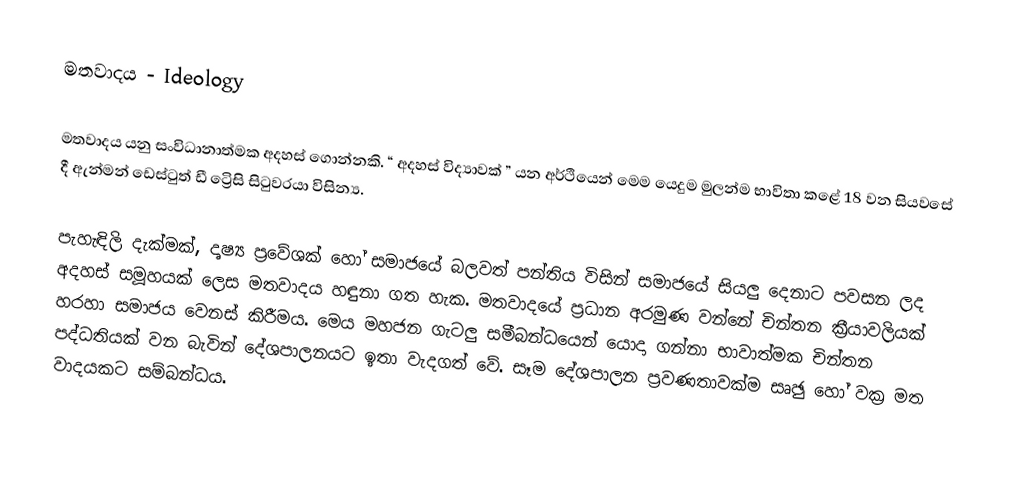
මතවාදය - Ideology

මතවාදය යනු සංවිධානාත්මක අදහස් ගොන්නකි. “ අදහස් විද්‍යාවක් ” යන අර්ථියෙන් මෙම යෙදුම මුලන්ම භාවිතා කළේ 18 වන සියවසේ දී ඇන්මන් ඩෙස්ටුත් ඩී ට්‍රෙිසි සිටුවරයා විසින්‍ය.

පැහැඳිලි දැක්මක්, දෘෂ්‍ය ප්‍රවේශක් හෝ සමාජයේ බලවත් පන්තිය විසින් සමාජයේ සියලු දෙනාට පවසන ලද අදහස් සමූහයක් ලෙස මතවාදය හඳුනා ගත හැක. මතවාදයේ ප්‍රධාන අරමුණ වන්නේ චින්තන ක්‍රීයාවලියක් හරහා සමාජය වෙනස් කිරීමය. මෙය මහජන ගැටලු සමීබන්ධයෙන් යොදා ගන්නා භාවාත්මක චින්තන පද්ධතියක් වන බැවින් දේශපාලනයට ඉතා වැදගත් වේ. සෑම දේශපාලන ප්‍රවණතාවක්ම සෘඡු හෝ වක්‍ර මත වාදයකට සම්බන්ධය.